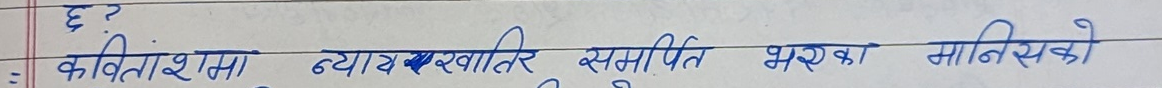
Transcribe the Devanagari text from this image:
छ ?
कवितांशमा व्याख्या खातिर समर्पित भएका मानिसको